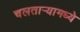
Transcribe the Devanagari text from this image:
चलताऱ्यामध्ये